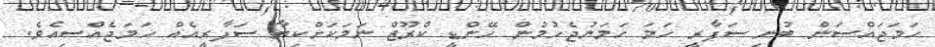
ހަމަޖައްސަން ބުނި ސަފާރީ ހަމަ ހަމަނުޖެހުމުން ހޭންޑީ ކްރޫޒް ނަމަކަށްކިޔާ ސަފާރީއެއް ހަމަޖެއްސިއެވެ.